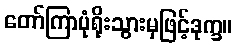
တော်ကြာပုံရိုးသွားမှဖြင့်ဒုက္ခ။